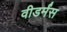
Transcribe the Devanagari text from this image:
वीडर्मंस